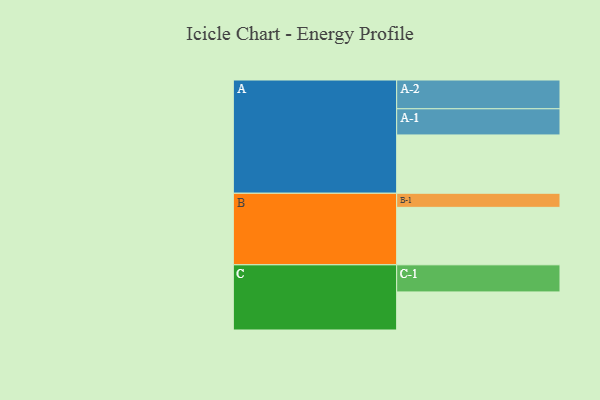
{"axis": {"x": "Segment", "y": "Value"}, "legend": ["", "A", "B", "C"], "data": [{"x": "A", "y": 484, "type": ""}, {"x": "B", "y": 477, "type": ""}, {"x": "C", "y": 316, "type": ""}, {"x": "A-1", "y": 217, "type": "A"}, {"x": "A-2", "y": 239, "type": "A"}, {"x": "B-1", "y": 117, "type": "B"}, {"x": "C-1", "y": 225, "type": "C"}]}